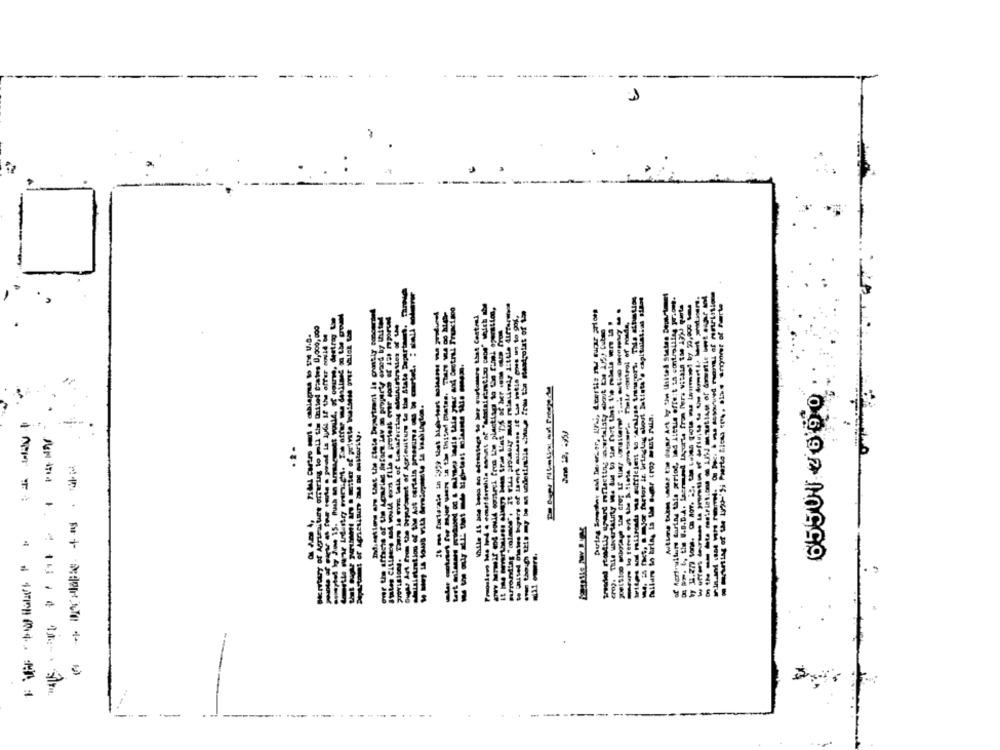
on the ma Dte astrictions on Llhd anetisse of dravatic ant asyf inl
s. ts fict, jor fertor is bringlag short batista's capitulatial siast
Didh settens are that the state Department is coastly concerhel
m ering of the beat'sj Puerte tless ers, athe argoner of tarte
While is ane boss en derestage te bor guptomare that Central
bugst Art finan the Dryersent of Acrieuiture te the State Department
Ane 12, 6553
0697 10999
вотже тызако ров лабс нуть Итре, бильга , по распран пландия зага
ат вееготов умеет до Влеба сист,о рейтий "
поль-лам до твытный реплиные ны и каче во предше мы На магития